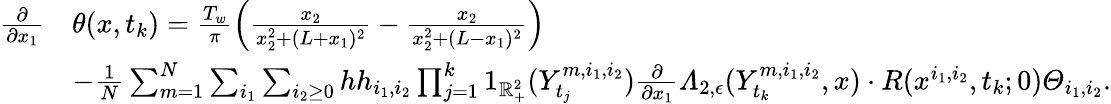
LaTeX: \begin{array}{rl}{\frac{\partial}{\partial x_{1}}}&{\theta(x,t_{k})=\frac{T_{w}}{\pi}\left(\frac{x_{2}}{x_{2}^{2}+(L+x_{1})^{2}}-\frac{x_{2}}{x_{2}^{2}+(L-x_{1})^{2}}\right)}\\ &{-\frac{1}{N}\sum_{m=1}^{N}\sum_{i_{1}}\sum_{i_{2}\geq 0}hh_{i_{1},i_{2}}\prod_{j=1}^{k}1_{\mathbb{R}_{+}^{2}}(Y_{t_{j}}^{m,i_{1},i_{2}})\frac{\partial}{\partial x_{1}}\varLambda_{2,\epsilon}(Y_{t_{k}}^{m,i_{1},i_{2}},x)\cdot R(x^{i_{1},i_{2}},t_{k};0)\varTheta_{i_{1},i_{2}}.}\end{array}